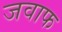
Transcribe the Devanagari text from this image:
जवाफ